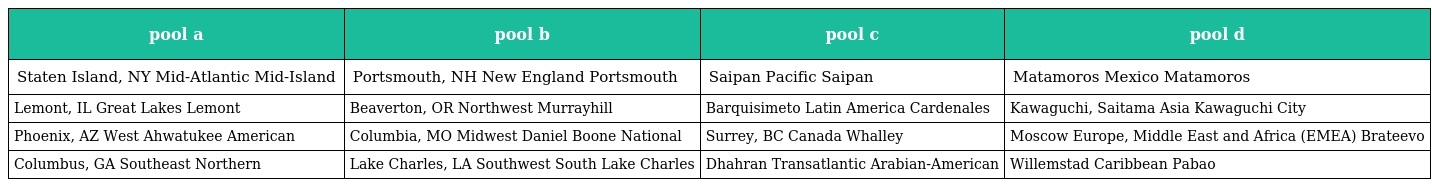
| pool a | pool b | pool c | pool d |
 | --- | --- | --- | --- |
 | Staten Island, NY Mid-Atlantic Mid-Island | Portsmouth, NH New England Portsmouth | Saipan Pacific Saipan | Matamoros Mexico Matamoros |
 | Lemont, IL Great Lakes Lemont | Beaverton, OR Northwest Murrayhill | Barquisimeto Latin America Cardenales | Kawaguchi, Saitama Asia Kawaguchi City |
 | Phoenix, AZ West Ahwatukee American | Columbia, MO Midwest Daniel Boone National | Surrey, BC Canada Whalley | Moscow Europe, Middle East and Africa (EMEA) Brateevo |
 | Columbus, GA Southeast Northern | Lake Charles, LA Southwest South Lake Charles | Dhahran Transatlantic Arabian-American | Willemstad Caribbean Pabao |